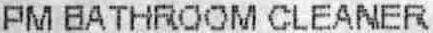
PM BATHROOM CLEANER